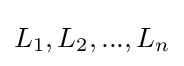
L_{1},L_{2},...,L_{n}